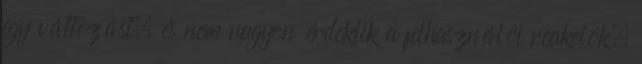
egy változást, és nem nagyon érdeklik a felhasználói reakciók.